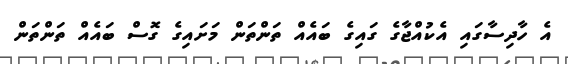
އެ ހާދިސާގައި އެކުއްޖާގެ ގައިގެ ބައެއް ތަންތަން މަށައިގެ ގޮސް ބައެއް ތަންތަން